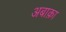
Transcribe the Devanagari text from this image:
अबाक़ा